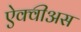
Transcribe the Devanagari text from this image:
ऐक्वीअस